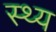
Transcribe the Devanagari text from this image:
स्थ्य